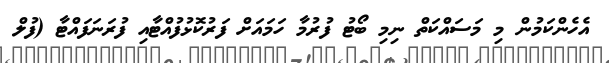
އެހެންކަމުން މި މަސައްކަތް ނިމި ބޯޓު ފުރުމާ ހަމައަށް ފަރުކޮޅުފުއްޓާއި ފުރަނަފައްޓާ (ފުލް